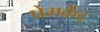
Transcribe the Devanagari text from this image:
प्रेमकेंद्र